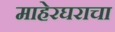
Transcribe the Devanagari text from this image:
माहेरघराचा